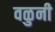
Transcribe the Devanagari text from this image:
वळुनी